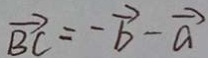
\overrightarrow { B C } = - \overrightarrow { b } - \overrightarrow { a }